Calcutta medical institutions reports 1892-1900
Year: 1892
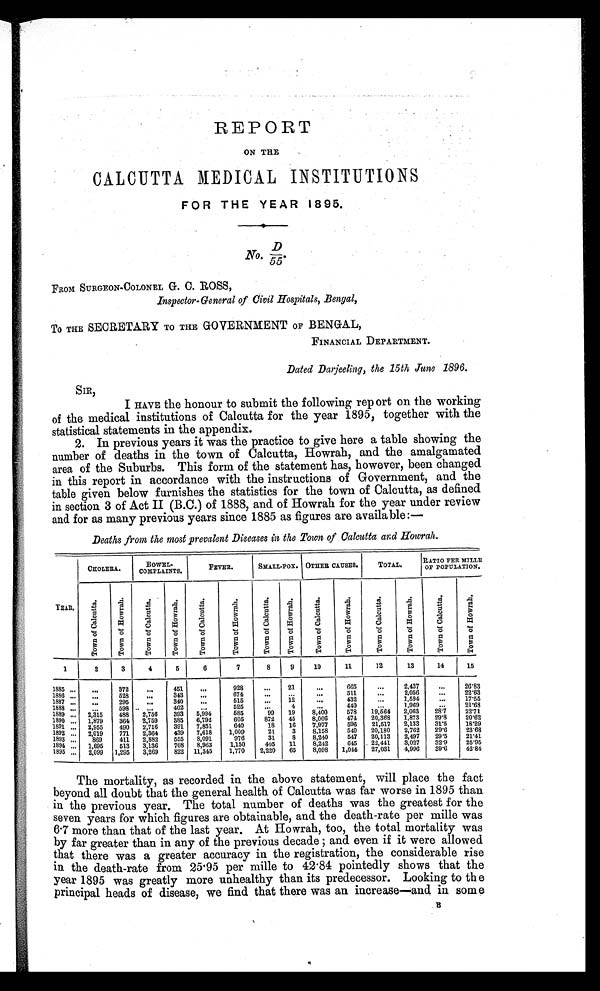
REPORT
ON THE
CALCUTTA MEDICAL INSTITUTIONS
FOR THE YEAR 1895.
No. D/5 5 .
FROM SURGEON-COLONEL G. C. ROSS,
Inspector-General of Civil Hospitals, Bengal,
To THE SECRETARY TO THE GOVERNMENT OF BENGAL,
FINANCIAL DEPARTMENT.
Dated Darjeeling, the 15th June 1896.
S I R ,
I
HAVE the honour to submit the following report on the working
of the medical institutions of Calcutta for the year 1895, together with the
statistical statements in the appendix.
2. In previous years it was the practice to give here a table showing the
number of deaths in the town of Calcutta, Howrah, and the amalgamated
area of the Suburbs. This form of the statement has, however, been changed
in this report in accordance with the instructions of Government, and the
table given below furnishes the statistics for the town of Calcutta, as defined
in section 3 of Act II (B.C.) of 1888, and of Howrah for the year under review
and for as many previous years since 1885 as figures are available:—
Deaths from the most prevalent Diseases in the Town of Calcutta and Howrah.
YEAR.
CHOLERA.
BOWEL-
COMPLAINTS.
FEVER.
S M A L L - P O X . OTHER CAUSES.
TOTAL.
RATIO PER MILLE
OF POPULATION.
T o w n o f C a l c u t t a .
T o w n o f H o w r a h .
T o w n o f C a l c u t t a .
T o w n o f H o w r a h .
T o w n o f C a l c u t t a .
T o w n o f H o w r a h .
T o w n o f C a l c u t t a .
T o w n o f H o w r a h .
T o w n o f C a l c u t t a .
T o w n o f H o w r a h .
T o w n o f C a l c u t t a .
T o w n o f H o w r a h .
T o w n o f C a l c u t t a .
T o w n o f H o w r a h .
1
2
3
4
5
6
7
8
9
10
11
12
13
14
15
1885 ...
...
372
...
451
. . .
928
. . . 21
. . .
605
. . .
2,437
. . .
26.83
1886
. . .
...
5 2 8
...
343
. . .
674
. . .
. . .
. . .
511
...
2,056
. . .
22.63
1887
. . .
...
296
. . .
340
. . .
515
...
12
...
432
•••
1,594
...
17.55
1888 ...
. . . 598
. . .
402
. . .
525
...
4 ...
4 4 0
...
1,969
...
21.68
1889 ... 2,315
488
2,756
393
5,994
585
99
19
8,400
578
19,564
2,063
28.7
22.71
1890
. . . 1,879
364
2,759
385
6,792
605
872
45
8,066
474
20,368
1,873
29.8
20.62
1891
. . . 2,955
490
2,716
391
7,851
640
18
16
7,977
596
21,517
2,133
31.5
18.29
1892 ...
2,019
771
2 , 3 6 4
439
7,618
1,009
21
3
8,158
540
20,180
2,762
29.6
23.68
1893
. . .
869
411
2,882
555
8,091
976
31
8
8,240
547
20,113
2,497
29.5
21.41
1894 ...
1,695
5 1 3
3,136
708
8 , 9 6 3
1,150
405
11
8,242
645
22,441
3,027
32.9
25.95
1895 ...
2,099
1,295
3,269
822 11,345
1,770
2,220
65
8,098
1,044
27,031
4,996
39.6
42.84
The mortality, as recorded in the above statement, will place the fact
beyond all doubt that the general health of Calcutta was far worse in 1895 than
in the previous year. The total number of deaths was the greatest for the
seven years for which figures are obtainable, and the death-rate per mille was
6.7 more than that of the last year. At Howrah, too, the total mortality was
by far greater than in any of the previous decade ; and even if it were allowed
that there was a greater accuracy in the registration, the considerable rise
in the death-rate from 25.95 per mille to 42.84 pointedly shows that the
year 1895 was greatly more unhealthy than its predecessor. Looking to the
principal heads of disease, we find that there was an increase—and in some